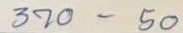
370 - 50